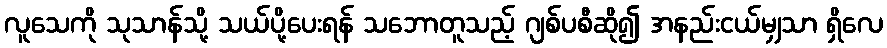
လူသေကို သုသာန်သို့ သယ်ပို့ပေးရန် သဘောတူသည့် ဂျစ်ပစီဆို၍ အနည်းငယ်မျှသာ ရှိလေ